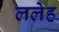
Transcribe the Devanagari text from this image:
ललेह